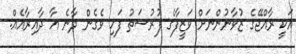
އަކީ ރާއްޖޭގެ ޒުވާނުންނަށް ވަޒީފާގެ ފުރުސަތު ފަހި ވެގެން ދާނެ އާ ދާއިރާއެއް.